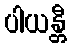
ပါယန္တီ